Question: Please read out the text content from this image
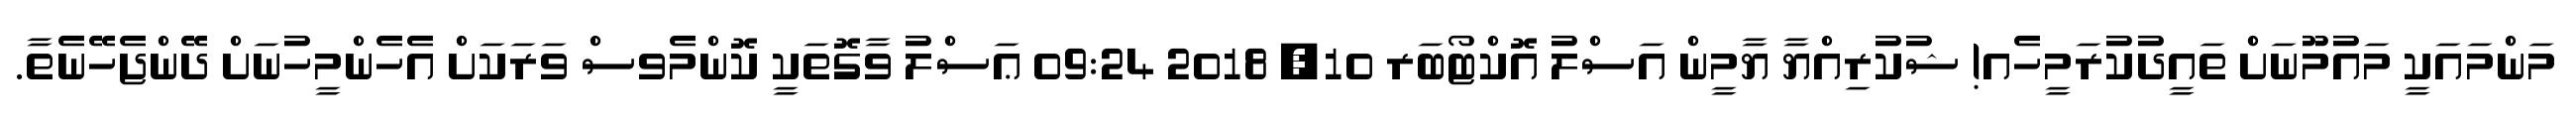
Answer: މަންމައަކީ މައުމޫނަށް ތައީދުކުރަމީހެއ! ޝުކުރިއްޔާ ޔާމީން އަސްލު އޮކްޓޯބަރ 10, 2018 09:24 ޢަސްލު ވާގޮތަކީ ކޮންމެވސް ވަރަކަށް އެހެންމީހުނަށް ދޭންޖެހޭނެތާ.